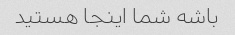
باشه شما اینجا هستید